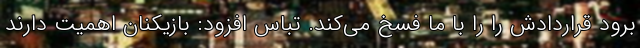
برود قراردادش را را با ما فسخ می‌کند. تباس افزود: بازیکنان اهمیت دارند